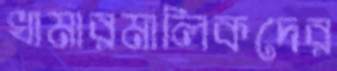
খামারমালিকদের